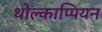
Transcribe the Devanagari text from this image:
थोल्काप्पियन